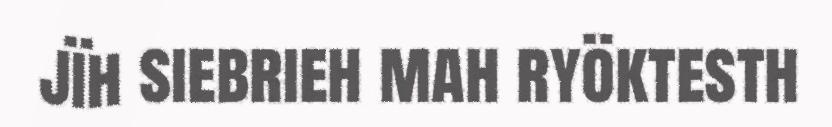
jïh siebrieh mah ryöktesth